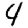
Digit: 4